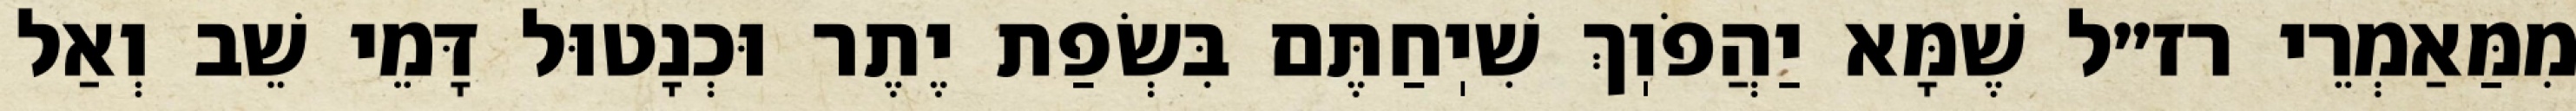
מִמַּאַמְרֵי רז״ל שֶׁמָּא יַהֲפֹוֽךְ שִׁיֽחַתֶּם בִּשְׂפַת יֶתֶר וּכְנָטוּל דָּמֵי שֵׁב וְאַל